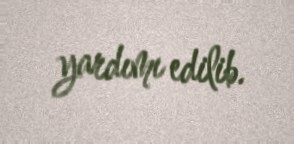
yardımı edilib.